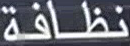
نظافة